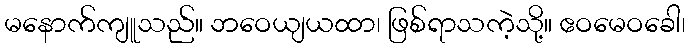
မနောက်ကျူသည်။ ဘဝေယျယထာ၊ ဖြစ်ရာသကဲ့သို့။ ဧဝမေဝခေါ၊